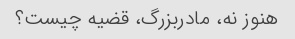
هنوز نه، مادربزرگ، قضیه چیست؟